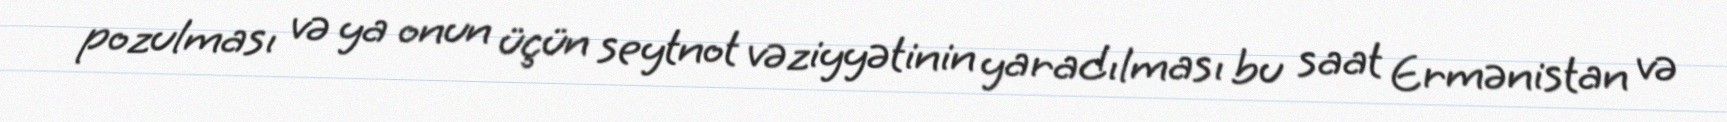
pozulması və ya onun üçün seytnot vəziyyətinin yaradılması bu saat Ermənistan və